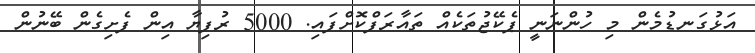
އަޅުގަނޑުމެން މި ހުންނަނީ ޕެކޭޖުތަކެއް ތައާރަފްކޮށްފައި. 5000 ރުފިޔާ އިން ފެށިގެން ބޭނުން